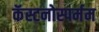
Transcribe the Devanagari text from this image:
कॅस्टनोस्पर्मम